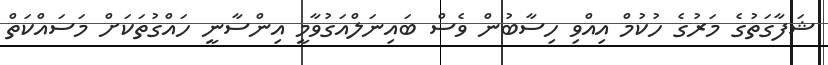
ޝަފާގަތުގެ މަރުގެ ހުކުމް އިއްވި ހިސާބުން ވެސް ބައިނަލްއަގުވާމީ އިންސާނީ ހައްގުތަކަށް މަސައްކަތް